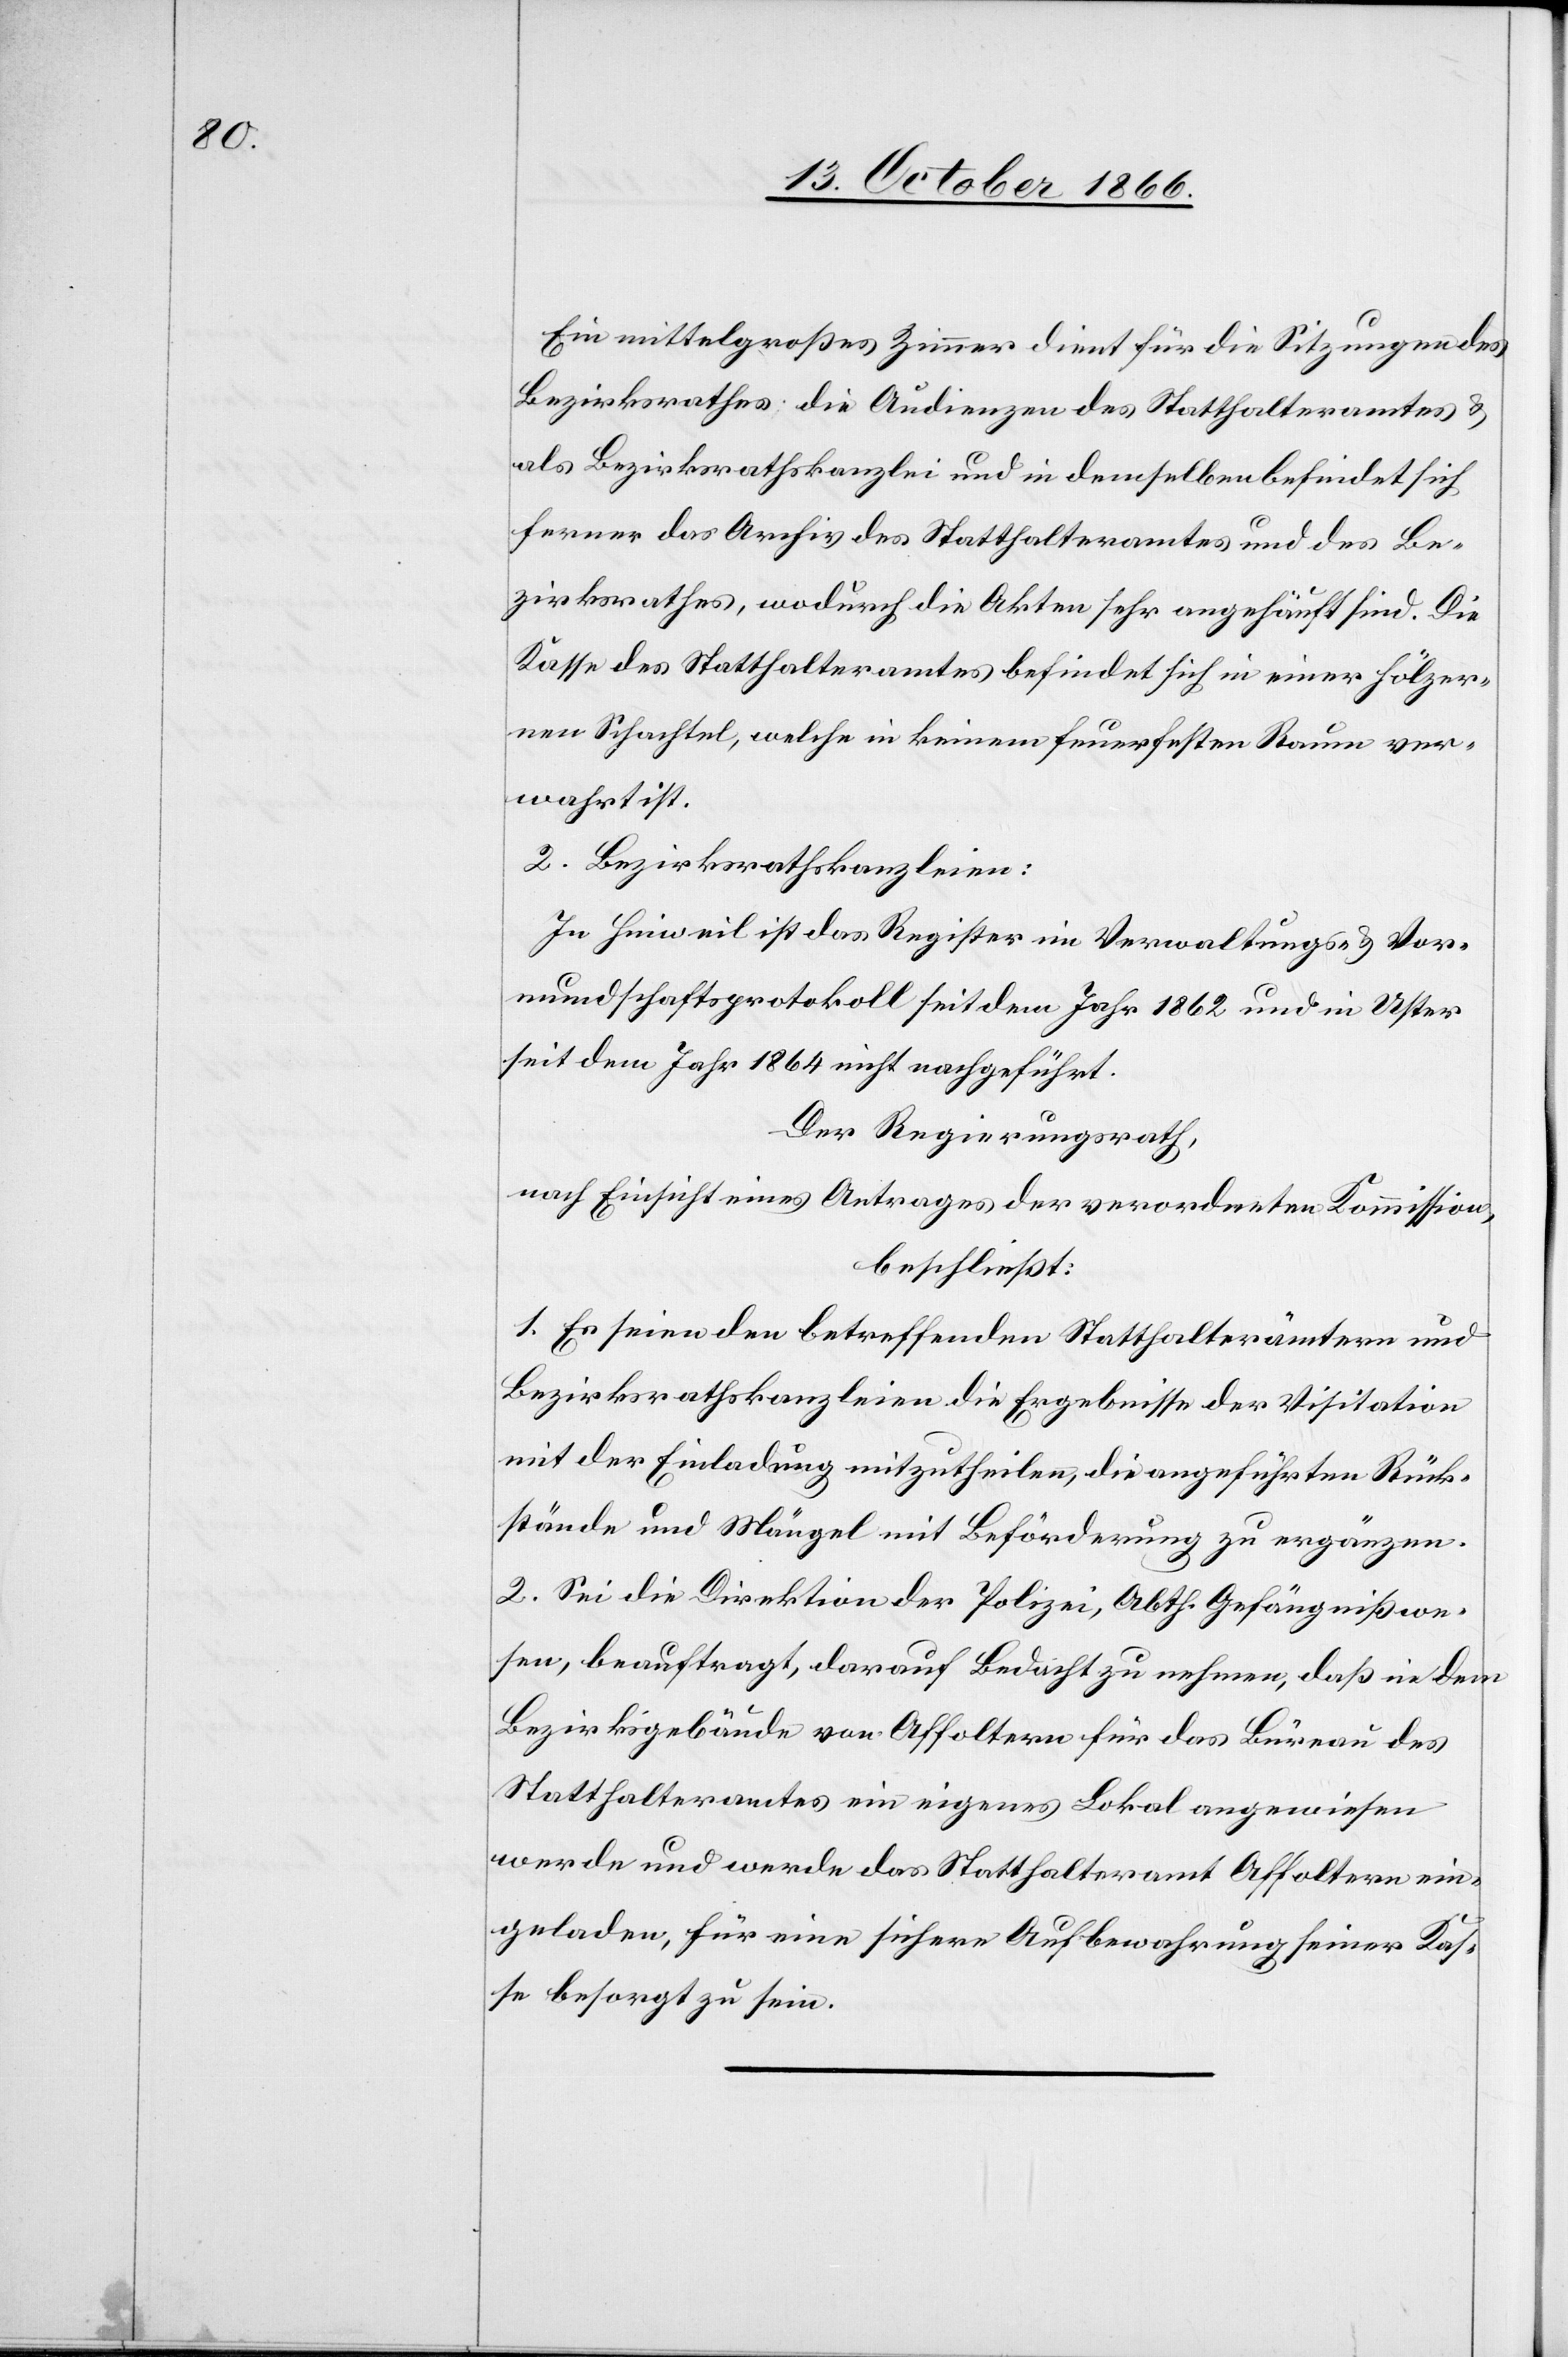
Ein mittelgroßes Zimmer dient für die Sitzungen des
Bezirksrathes, die Audienzen des Statthalteramtes &
als Bezirksrathskanzlei und in demselben befindet sich
ferner das Archiv des Statthalteramtes und des Be¬
zirksrathes, wodurch die Akten sehr angehäuft sind. Die
Kasse des Statthalteramtes befindet sich in einer hölzer¬
nen Schachtel, welche in keinem feuerfesten Raum ver¬
wahrt ist.
2. Bezirksrathskanzleien:
In Hinweil ist das Register im Verwaltungs- & Vor¬
mundschaftsprotokoll seit dem Jahr 1862 und in Uster
seit dem Jahr 1864 nicht nachgeführt.
Der Regierungsrath,
nach Einsicht eines Antrages der verordneten Kommission,
beschließt:
1. Es seien den betreffenden Statthalterämtern und
Bezirksrathskanzleien die Ergebnisse der Visitation
mit der Einladung mitzutheilen, die angeführten Rück¬
stände und Mängel mit Beförderung zu ergänzen.
2. Sei die Direktion der Polizei, Abth. Gefängnißwe¬
sen, beauftragt, darauf Bedacht zu nehmen, daß in dem
Bezirksgebäude von Affoltern für das Büreau des
Statthalteramtes ein eigenes Lokal angewiesen
werde und werde das Statthalteramt Affoltern ein¬
geladen, für eine sichere Aufbewahrung seiner Kas¬
se besorgt zu sein.